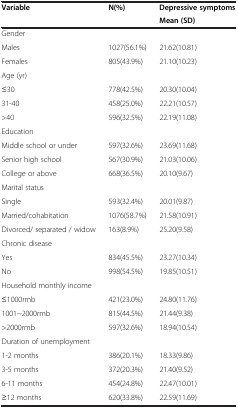
| <ROWSPAN=2> Variable | <ROWSPAN=2> N(%) | Depressive symptoms |
 | Mean (SD) |
 | --- | --- | --- |
 | Gender |  |  |
 | Males | 1027(56.1%) | 21.62(10.81) |
 | Females | 805(43.9%) | 21.10(10.23) |
 | Age (yr) |  |  |
 | ≤30 | 778(42.5%) | 20.30(10.04) |
 | 31-40 | 458(25.0%) | 22.21(10.57) |
 | >40 | 596(32.5%) | 22.19(11.08) |
 | Education |  |  |
 | Middle school or under | 597(32.6%) | 23.69(11.68) |
 | Senior high school | 567(30.9%) | 21.03(10.06) |
 | College or above | 668(36.5%) | 20.10(9.67) |
 | Marital status |  |  |
 | Single | 593(32.4%) | 20.01(9.87) |
 | Married/cohabitation | 1076(58.7%) | 21.58(10.91) |
 | Divorced/ separated / widow | 163(8.9%) | 25.20(9.58) |
 | Chronic disease |  |  |
 | Yes | 834(45.5%) | 23.27(10.34) |
 | No | 998(54.5%) | 19.85(10.51) |
 | Household monthly income |  |  |
 | ≤1000rmb | 421(23.0%) | 24.80(11.76) |
 | 1001~2000rmb | 815(44.5%) | 21.44(9.38) |
 | >2000rmb | 597(32.6%) | 18.94(10.54) |
 | Duration of unemployment |  |  |
 | 1-2 months | 386(20.1%) | 18.33(9.86) |
 | 3-5 months | 372(20.3%) | 21.40(9.52) |
 | 6-11 months | 454(24.8%) | 22.47(10.01) |
 | ≥12 months | 620(33.8%) | 22.59(11.69) |